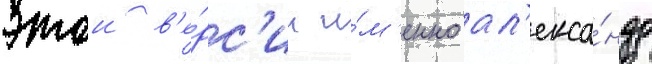
этои в'е́рс'ии и́м'енно ал'екса́ндр